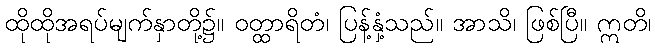
ထိုထိုအရပ်မျက်နှာတို့၌။ ဝတ္ထာရိတံ၊ ပြန့်နှံ့သည်။ အာသိ၊ ဖြစ်ပြီ။ ဣတိ၊